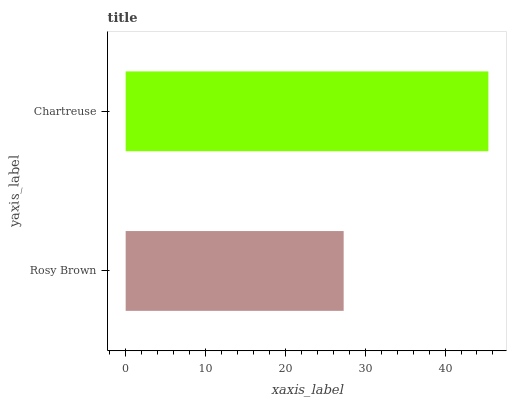
| yaxis_label | bars |
 | --- | --- |
 | Rosy Brown | 27.3 |
 | Chartreuse | 45.4 |